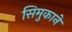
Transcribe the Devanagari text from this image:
सिमुकाने